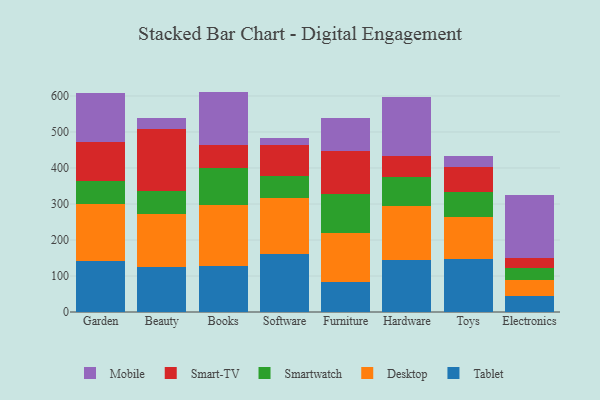
{"axis": {"x": "Category", "y": "Demand Index"}, "legend": ["Desktop", "Mobile", "Smart-TV", "Smartwatch", "Tablet"], "data": [{"x": "Garden", "y": 140.6, "type": "Tablet"}, {"x": "Garden", "y": 158.8, "type": "Desktop"}, {"x": "Garden", "y": 64.9, "type": "Smartwatch"}, {"x": "Garden", "y": 109.1, "type": "Smart-TV"}, {"x": "Garden", "y": 135.4, "type": "Mobile"}, {"x": "Beauty", "y": 123.9, "type": "Tablet"}, {"x": "Beauty", "y": 148.7, "type": "Desktop"}, {"x": "Beauty", "y": 64.7, "type": "Smartwatch"}, {"x": "Beauty", "y": 170.5, "type": "Smart-TV"}, {"x": "Beauty", "y": 30.2, "type": "Mobile"}, {"x": "Books", "y": 127.1, "type": "Tablet"}, {"x": "Books", "y": 170.4, "type": "Desktop"}, {"x": "Books", "y": 103.3, "type": "Smartwatch"}, {"x": "Books", "y": 62.3, "type": "Smart-TV"}, {"x": "Books", "y": 149.1, "type": "Mobile"}, {"x": "Software", "y": 159.9, "type": "Tablet"}, {"x": "Software", "y": 156.5, "type": "Desktop"}, {"x": "Software", "y": 61.4, "type": "Smartwatch"}, {"x": "Software", "y": 84.9, "type": "Smart-TV"}, {"x": "Software", "y": 21.9, "type": "Mobile"}, {"x": "Furniture", "y": 84.0, "type": "Tablet"}, {"x": "Furniture", "y": 136.5, "type": "Desktop"}, {"x": "Furniture", "y": 105.9, "type": "Smartwatch"}, {"x": "Furniture", "y": 119.7, "type": "Smart-TV"}, {"x": "Furniture", "y": 93.8, "type": "Mobile"}, {"x": "Hardware", "y": 143.9, "type": "Tablet"}, {"x": "Hardware", "y": 151.2, "type": "Desktop"}, {"x": "Hardware", "y": 80.6, "type": "Smartwatch"}, {"x": "Hardware", "y": 56.8, "type": "Smart-TV"}, {"x": "Hardware", "y": 164.5, "type": "Mobile"}, {"x": "Toys", "y": 147.8, "type": "Tablet"}, {"x": "Toys", "y": 117.2, "type": "Desktop"}, {"x": "Toys", "y": 67.4, "type": "Smartwatch"}, {"x": "Toys", "y": 70.4, "type": "Smart-TV"}, {"x": "Toys", "y": 31.7, "type": "Mobile"}, {"x": "Electronics", "y": 45.0, "type": "Tablet"}, {"x": "Electronics", "y": 42.7, "type": "Desktop"}, {"x": "Electronics", "y": 34.0, "type": "Smartwatch"}, {"x": "Electronics", "y": 27.4, "type": "Smart-TV"}, {"x": "Electronics", "y": 176.9, "type": "Mobile"}]}